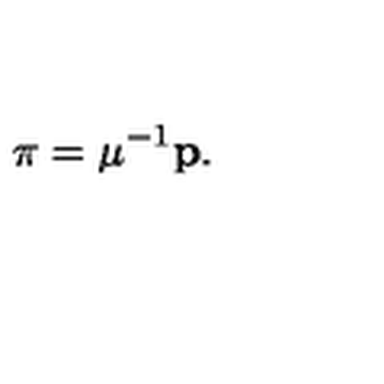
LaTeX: \mathrm { \boldmath \pi } = \mu ^ { - 1 } { \bf p } .